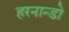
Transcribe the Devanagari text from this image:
हरनान्डो